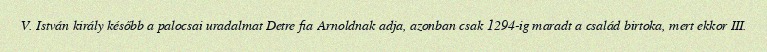
V. István király később a palocsai uradalmat Detre fia Arnoldnak adja, azonban csak 1294-ig maradt a család birtoka, mert ekkor III.